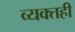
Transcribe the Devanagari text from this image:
व्‍यक्‍तही